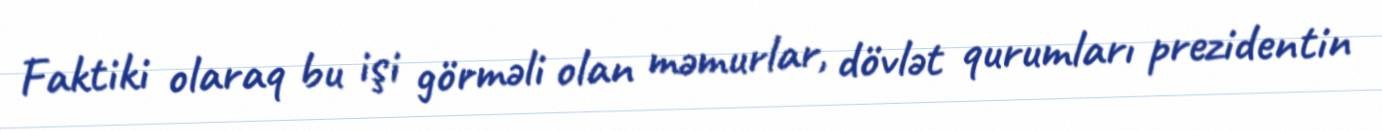
Faktiki olaraq bu işi görməli olan məmurlar, dövlət qurumları prezidentin